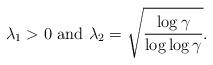
LaTeX: \begin{align*} \lambda_{1} > 0 \mbox{ and } \lambda_{2} = \sqrt{\frac{\log \gamma}{\log\log \gamma}}.\end{align*}